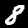
Label: 8